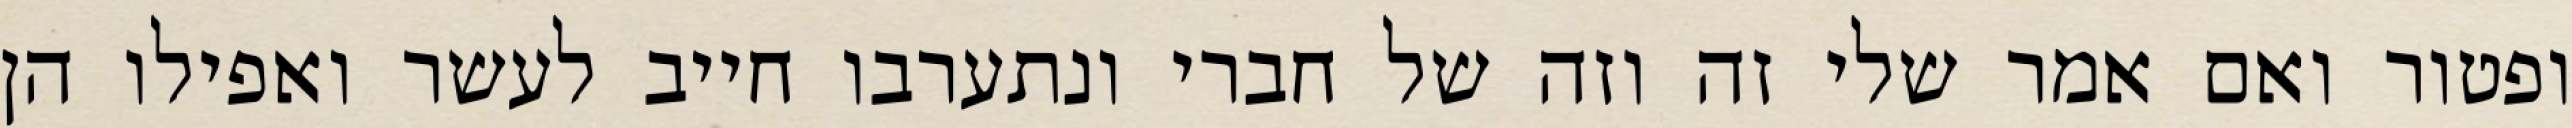
ופטור ואם אמר שלי זה וזה של חברי ונתערבו חייב לעשר ואפילו הן